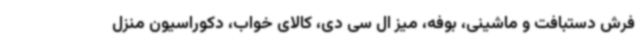
فرش دستبافت و ماشینی، بوفه، میز ال سی دی، کالای خواب، دکوراسیون منزل